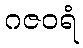
ဂဇဝရံ